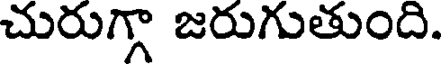
చురుగ్గా జరుగుతుంది.